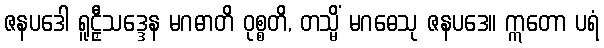
ဇနပဒေါ ရူဠှီသဒ္ဒေန မဂဓာတိ ဝုစ္စတိ, တသ္မိံ မဂဓေသု ဇနပဒေ။ ဣတော ပရံ